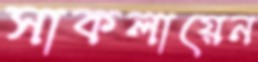
সাকলায়েন